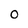
Character: 0